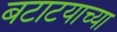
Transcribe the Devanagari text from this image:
बटाटयाच्या